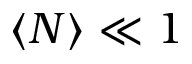
\langle N \rangle \ll 1